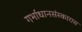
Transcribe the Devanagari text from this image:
गर्भाधानसंस्कारास